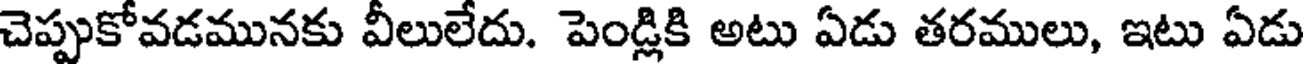
చెప్పుకోవడమునకు వీలులేదు. పెండ్లికి అటు ఏడు తరములు, ఇటు ఏడు